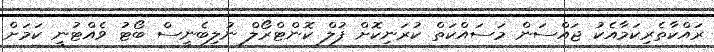
ރައްކާތެރިކަމާއެކު ޖައްސަން މަސައްކަތް ކުރަނިކޮށް ފުލް ކޮންޓްރޯލް ނުލިބެނީސް ބޯޓު ވެއްޓުނީ ކަމަށް